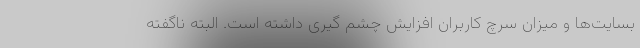
بسایت‌ها و میزان سرچ کاربران افزایش چشم گیری داشته است. البته ناگفته